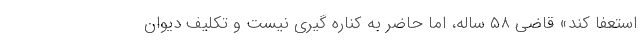
استعفا کند» قاضی ۵۸ ساله، اما حاضر به کناره گیری نیست و تکلیف دیوان